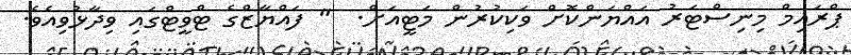
ޕްރައިމް މިނިސްޓަރު އައްޔަންކޮށް ވަކިކުރުން މަޓީއަށް.  " ފައްޔާޒްގެ ޓްވީޓްގައި ވިދާޅުވިއެވެ.